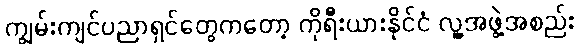
ကျွမ်းကျင်ပညာရှင်တွေကတော့ ကိုရီးယားနိုင်ငံ လူ့အဖွဲ့အစည်း